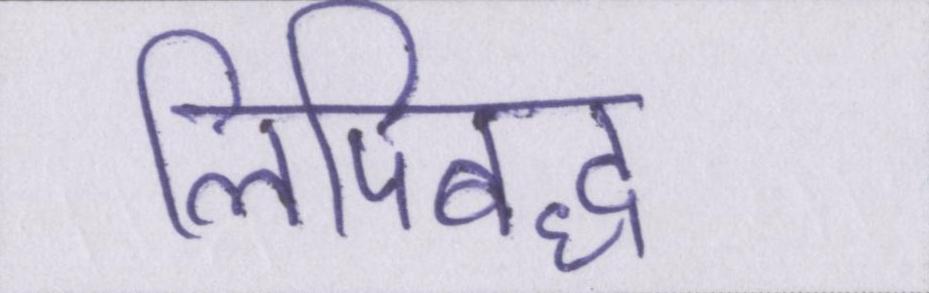
लिपिबद्ध